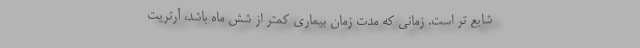
شایع تر است. زمانی که مدت زمان بیماری کمتر از شش ماه باشد، آرتریت